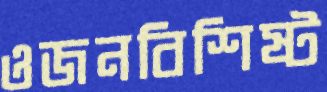
ওজনবিশিষ্ট